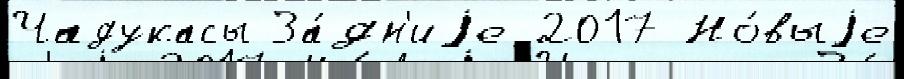
Чадукасы За́дн'иjе 2017 Но́выjе